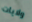
ولايات